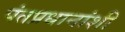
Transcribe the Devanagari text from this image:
पंतप्रधानांशी